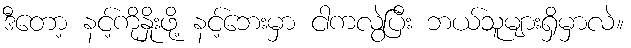
ဒီတော့ နင့်ကိုနှိုးဖို့ နင့်ဘေးမှာ ငါကလွဲပြီး ဘယ်သူများရှိမှာလဲ။